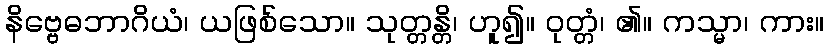
နိဗ္ဗေဓဘာဂိယံ၊ ယဖြစ်သော။ သုတ္တန္တိ၊ ဟူ၍။ ဝုတ္တံ၊ ၏။ ကသ္မာ၊ ကား။